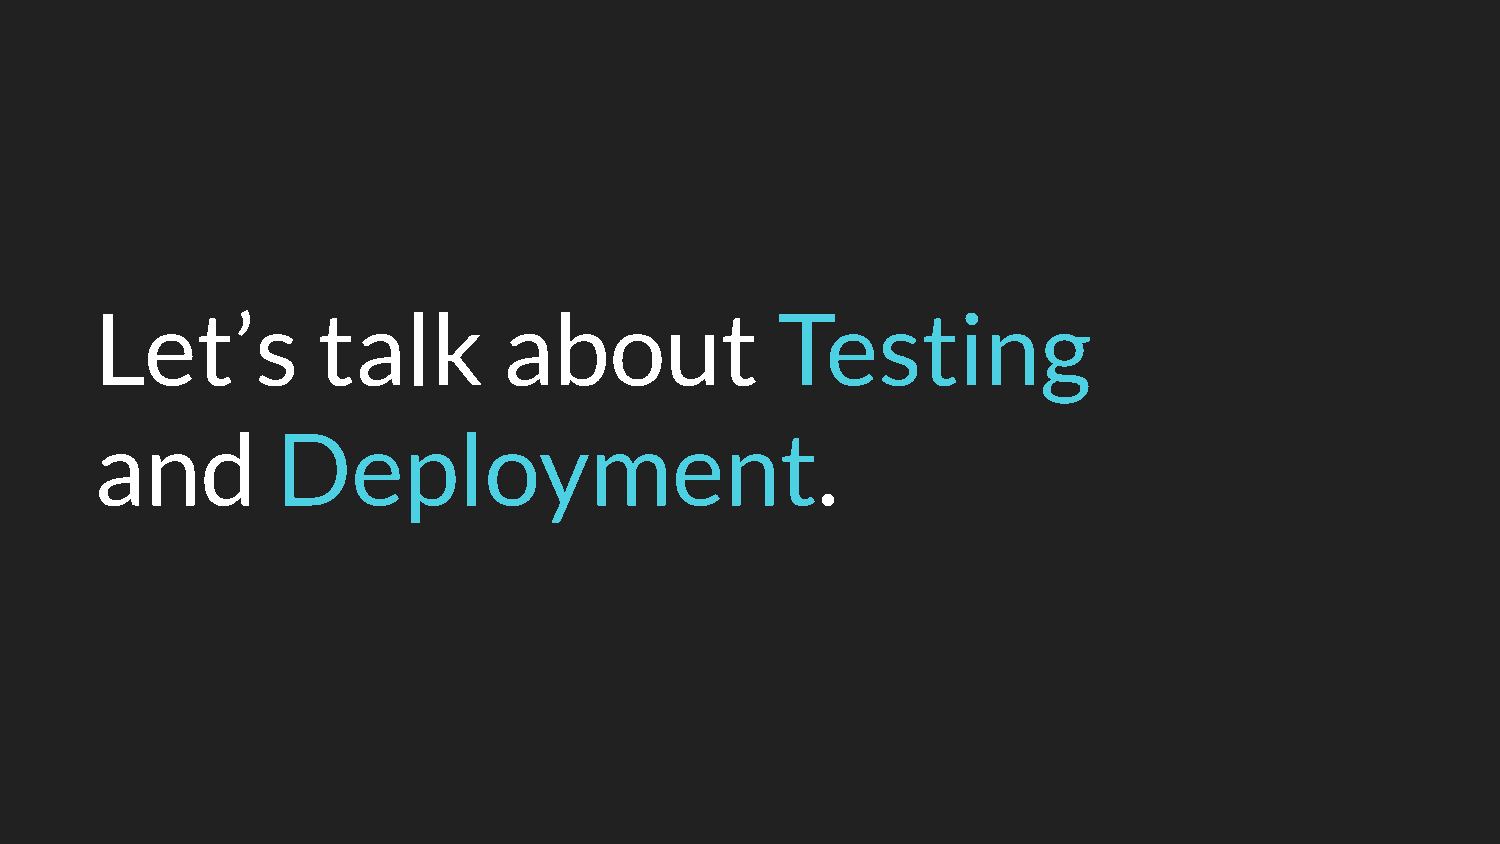
Let’s          talk        about             Testing
 and         Deployment.